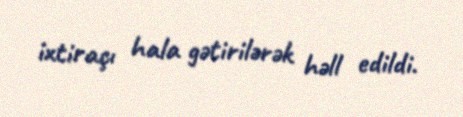
ixtiraçı hala gətirilərək həll edildi.